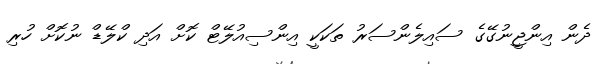
ދެން އިންޖީނުގޭގެ ސައިލެންސަރު ތަކަކީ އިންސިއުލޭޓް ކޮށް އަދި ކްލޭޑް ނުކޮށް ހުރި